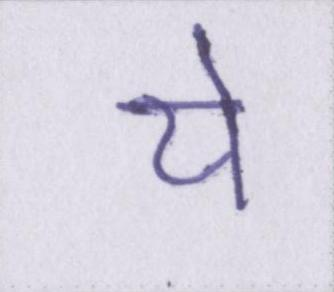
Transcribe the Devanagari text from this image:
ये